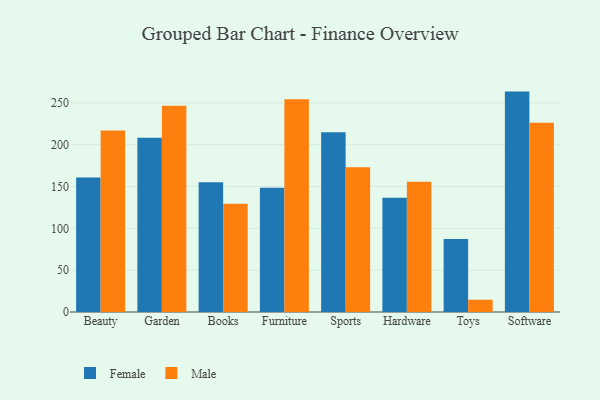
{"axis": {"x": "Category", "y": "Page Views"}, "legend": ["Female", "Male"], "data": [{"x": "Beauty", "y": 160.8, "type": "Female"}, {"x": "Beauty", "y": 217.1, "type": "Male"}, {"x": "Garden", "y": 208.3, "type": "Female"}, {"x": "Garden", "y": 246.5, "type": "Male"}, {"x": "Books", "y": 155.1, "type": "Female"}, {"x": "Books", "y": 129.4, "type": "Male"}, {"x": "Furniture", "y": 148.5, "type": "Female"}, {"x": "Furniture", "y": 254.4, "type": "Male"}, {"x": "Sports", "y": 215.0, "type": "Female"}, {"x": "Sports", "y": 173.0, "type": "Male"}, {"x": "Hardware", "y": 136.6, "type": "Female"}, {"x": "Hardware", "y": 155.7, "type": "Male"}, {"x": "Toys", "y": 87.4, "type": "Female"}, {"x": "Toys", "y": 14.7, "type": "Male"}, {"x": "Software", "y": 263.5, "type": "Female"}, {"x": "Software", "y": 226.4, "type": "Male"}]}